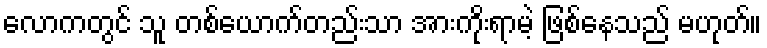
လောကတွင် သူ တစ်ယောက်တည်းသာ အားကိုးရာမဲ့ ဖြစ်နေသည် မဟုတ်။